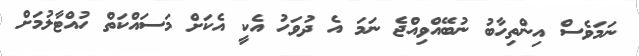
ނަމަވެސް އިންތިހާބު ނުބޭއްވިއްޖެ ނަމަ އެ ދުވަހު އެކީ އެކަށް މަސައްކަތް ހުއްޓާލުމަށް